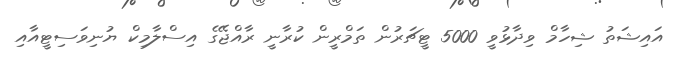
އައިޝަތު ޝިހާމް ވިދާޅުވީ 5000 ޓީޗަރުން ތަމްރީން ކުރާނީ ރާއްޖޭގެ އިސްލާމިކް ޔުނިވަސިޓީއާއި